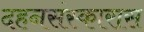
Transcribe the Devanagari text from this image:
दहनसंस्कारास